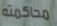
محاكمته